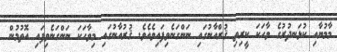
މާމުޔާއި ކުޅަނދުރުގެ ވާހަކަ ކީރިތި ޤުރްއާނުގައި ނަންގަނެވިފައިވެއެވެ. ޤުރުއާނުގައި މިވާހަކަ ނަންގަނެވިފައި އޮތުމުން